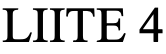
LIITE 4